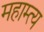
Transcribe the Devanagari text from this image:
महाम्त्य